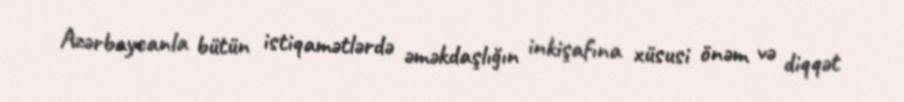
Azərbaycanla bütün istiqamətlərdə əməkdaşlığın inkişafına xüsusi önəm və diqqət